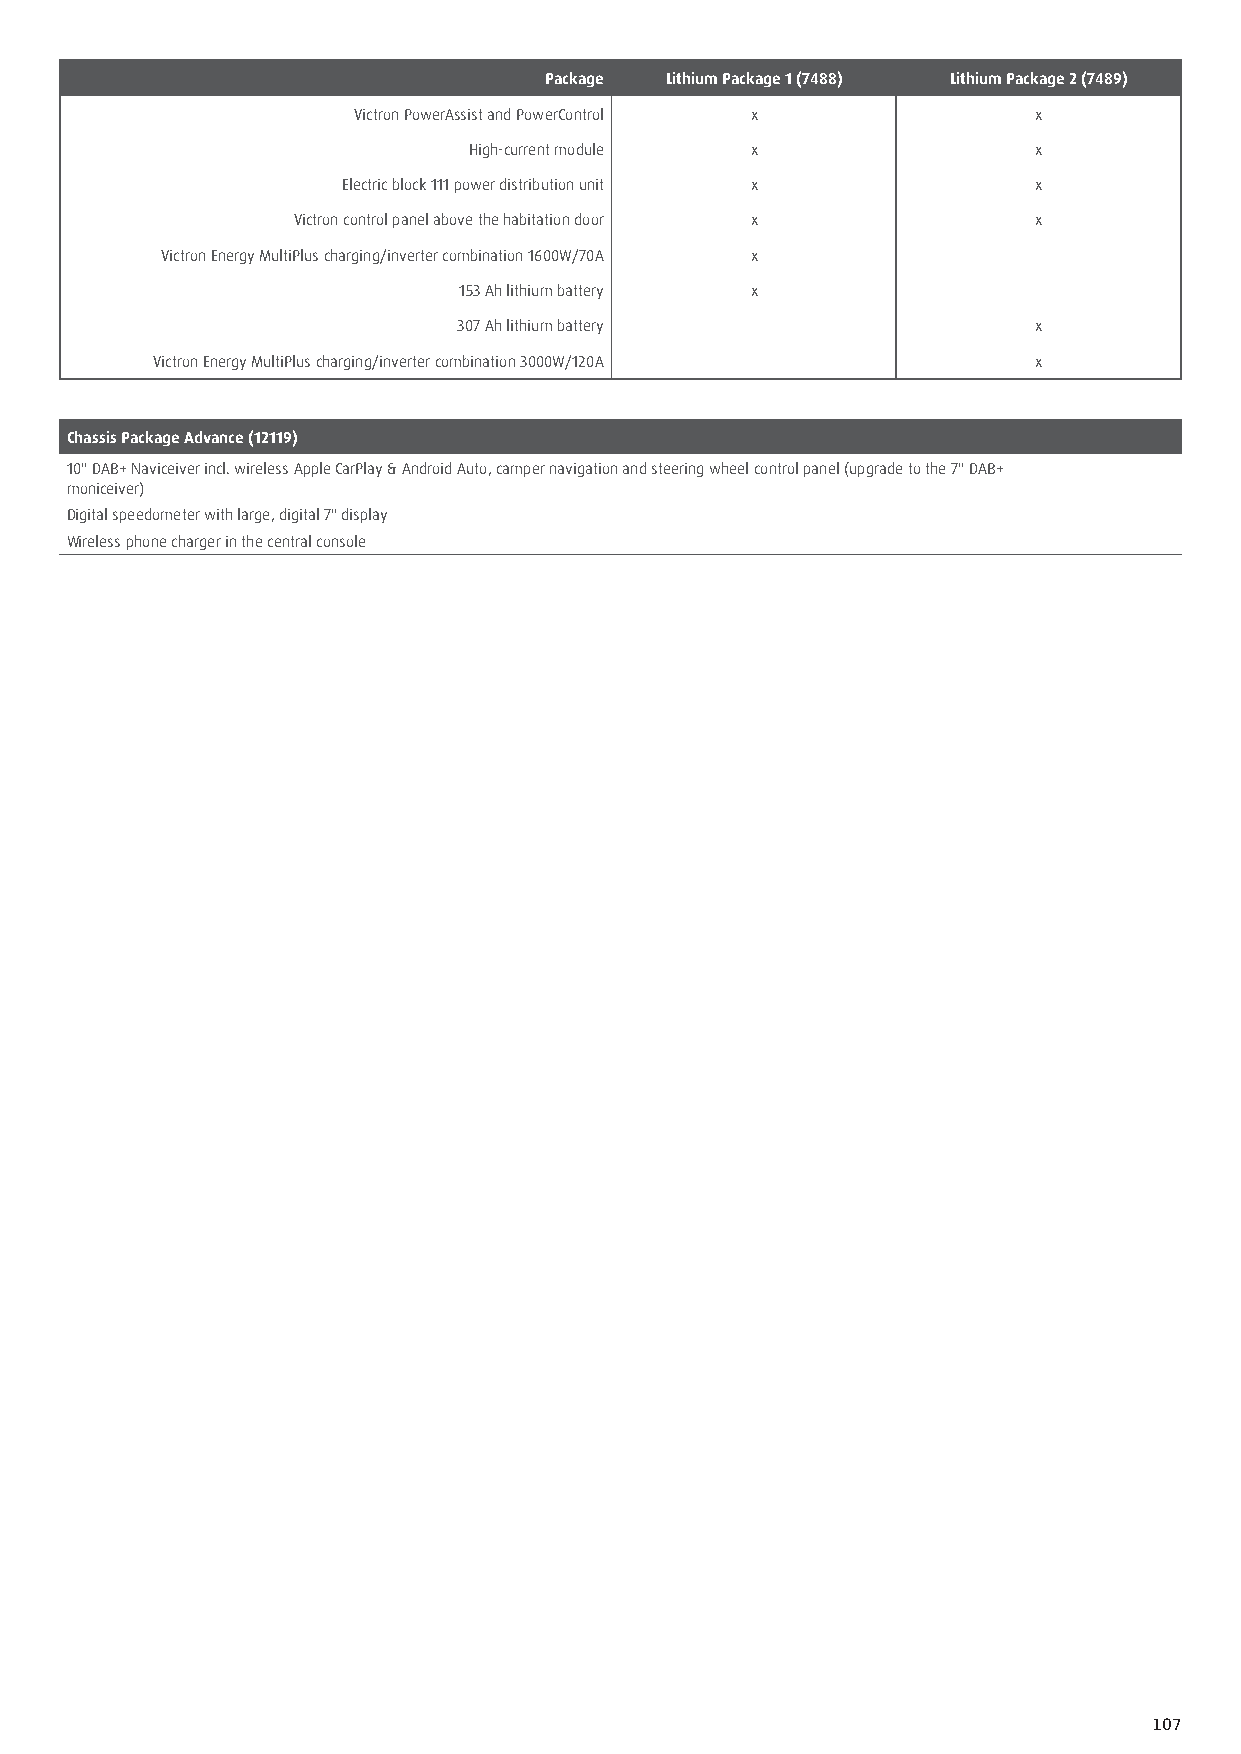
Package Lithium Package 1 (7488) Lithium Package 2 (7489)
 Victron PowerAssist and PowerControl x       x
 High-current module x                x
 Electric block 111 power distribution unit x x
 Victron control panel above the habitation door x x
 Victron Energy MultiPlus charging/inverter combination 1600W/70A x
 153 Ah lithium battery x
 307 Ah lithium battery                x
 Victron Energy MultiPlus charging/inverter combination 3000W/120A x
 Chassis Package Advance (12119)
 10" DAB+ Naviceiver incl. wireless Apple CarPlay & Android Auto, camper navigation and steering wheel control panel (upgrade to the 7" DAB+
 moniceiver)
 Digital speedometer with large, digital 7" display
 Wireless phone charger in the central console
 107